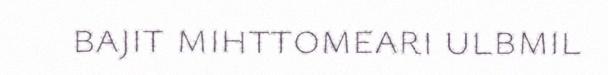
bajit mihttomeari ulbmil